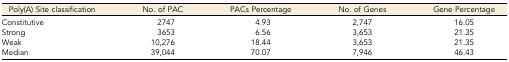
<table><thead><tr><td><b>Poly(A) Site classification</b></td><td><b>No. of PAC</b></td><td><b>PACs Percentage</b></td><td><b>No. of Genes</b></td><td><b>Gene Percentage</b></td></tr></thead><tbody><tr><td>Constitutive</td><td>2747</td><td>4.93</td><td>2,747</td><td>16.05</td></tr><tr><td>Strong</td><td>3653</td><td>6.56</td><td>3,653</td><td>21.35</td></tr><tr><td>Weak</td><td>10,276</td><td>18.44</td><td>3,653</td><td>21.35</td></tr><tr><td>Median</td><td>39,044</td><td>70.07</td><td>7,946</td><td>46.43</td></tr></tbody></table>